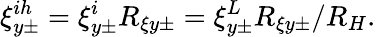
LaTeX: \xi_{y\pm}^{ih}=\xi_{y\pm}^{i}R_{\xi y\pm}=\xi_{y\pm}^{L}R_{\xi y\pm}/R_{H}.